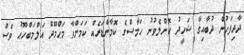
ދާދިފަހުން ދުބާއިގާ ޝަހީދު ކޮށްލެވުނު ޙަމާސްގެ ކޮމާންޑަރެއް ކަމަށްވާ މަޙްމޫދް އަލްމަބްހޫޙު ވެސް